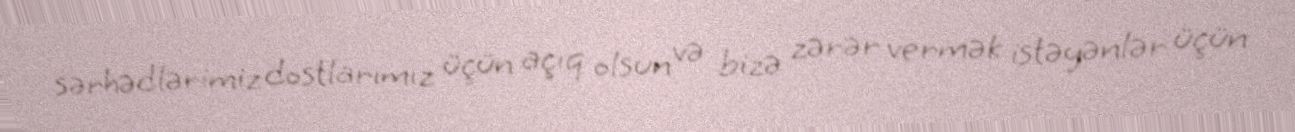
sərhədlərimiz dostlarımız üçün açıq olsun və bizə zərər vermək istəyənlər üçün